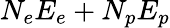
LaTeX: N_{e}E_{e}+N_{p}E_{p}